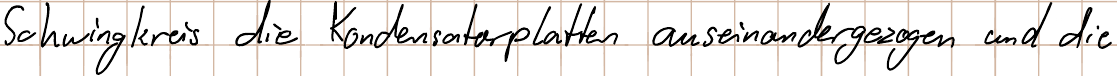
Schwingkreis die Kondensatorplatten auseinandergezogen und die